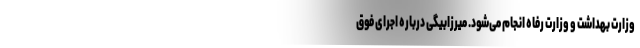
وزارت بهداشت و وزارت رفاه انجام می‌شود. میرزابیگی درباره اجرای فوق